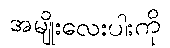
အမျိုးလေးပါးကို